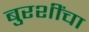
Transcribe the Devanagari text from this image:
बुरशींचा